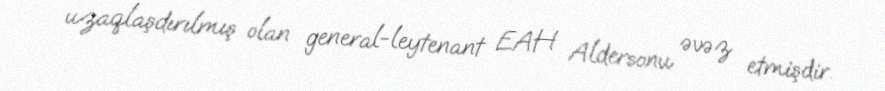
uzaqlaşdırılmış olan general-leytenant EAH Aldersonu əvəz etmişdir.